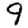
Digit: 9